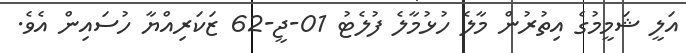
އަލީ ޝަމީމުގެ އިތުރުން މާލެ ހުޅުމާލެ ފުލެޓު 01-ޖީ-62 ޒަކަރިއްޔާ ހުސައިން އެވެ.